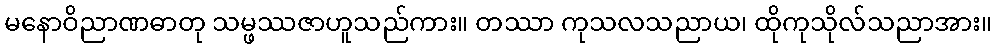
မနောဝိညာဏဓာတု သမ္ဖဿဇာဟူသည်ကား။ တဿာ ကုသလသညာယ၊ ထိုကုသိုလ်သညာအား။